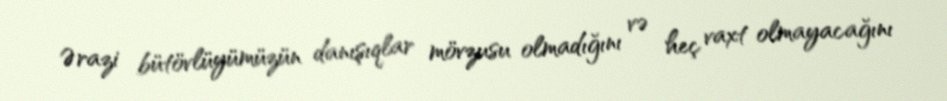
Ərazi bütövlüyümüzün danışıqlar mövzusu olmadığını və heç vaxt olmayacağını